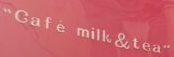
Cafe milk &tea